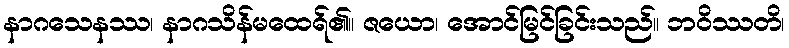
နာဂသေနဿ၊ နာဂသိန်မထေရ်၏။ ဇယော၊ အောင်မြင်ခြင်းသည်။ ဘဝိဿတိ၊